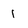
Character: 1